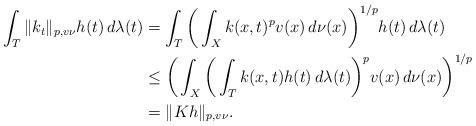
LaTeX: \begin{align*}\int_T\|k_t\|_{p,v\nu}h(t)\,d\lambda(t)&=\int_T\bigg(\int_Xk(x,t)^pv(x)\,d\nu(x)\bigg)^{1/p}h(t)\,d\lambda(t)\\&\le\bigg(\int_X\bigg(\int_Tk(x,t)h(t)\,d\lambda(t)\bigg)^pv(x)\,d\nu(x)\bigg)^{1/p}\\&=\|Kh\|_{p,v\nu}.\end{align*}